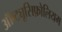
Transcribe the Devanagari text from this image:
ऑब्ट्यूसिफ़ोलियम